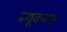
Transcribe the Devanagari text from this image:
न्यूकम्स